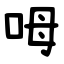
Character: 呣